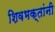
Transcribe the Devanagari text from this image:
शिवभक्तांनी